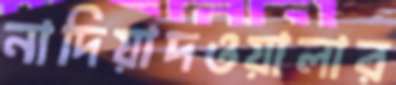
নাদিয়াদওয়ালার